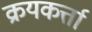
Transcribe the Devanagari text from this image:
क्रयकर्त्ता